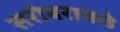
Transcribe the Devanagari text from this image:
सरोबराकडे